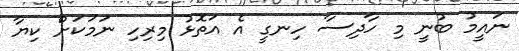
ނައީމު ބުނީ މި ހާދިސާ ހިނގީ އެ އަތޮޅު މިރިހި ނަމަކަށް ކިޔާ